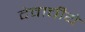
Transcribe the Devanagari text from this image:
देवाचीये